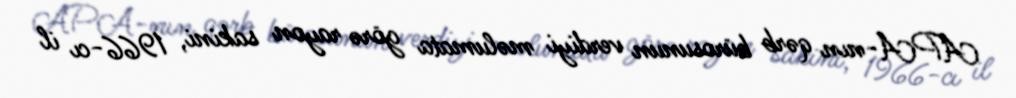
APA-nın qərb bürosunun verdiyi məlumata görə rayon sakini, 1966-cı il